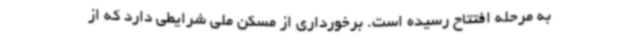
به مرحله افتتاح رسیده است. برخورداری از مسکن ملی شرایطی دارد که از